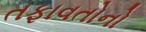
તફાવતોનો